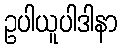
ဥပါယူပါဒါနာ